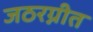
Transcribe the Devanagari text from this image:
जठरग्नीत